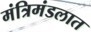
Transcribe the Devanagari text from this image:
मंत्रिमंडलात